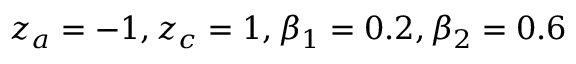
z _ { a } = - 1 , z _ { c } = 1 , \beta _ { 1 } = 0 . 2 , \beta _ { 2 } = 0 . 6